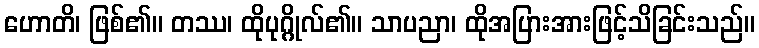
ဟောတိ၊ ဖြစ်၏။ တဿ၊ ထိုပုဂ္ဂိုလ်၏။ သာပညာ၊ ထိုအပြားအားဖြင့်သိခြင်းသည်။